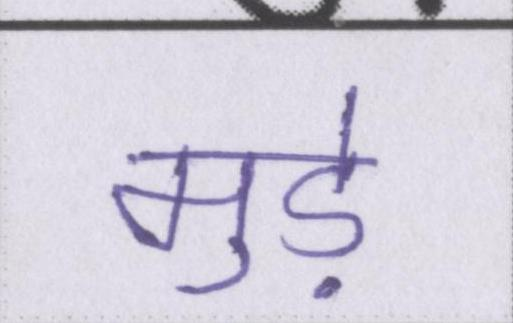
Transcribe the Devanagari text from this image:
मुड़े